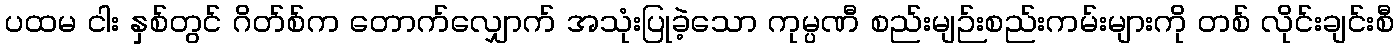
ပထမ ငါး နှစ်တွင် ဂိတ်စ်က တောက်လျှောက် အသုံးပြုခဲ့သော ကုမ္ပဏီ စည်းမျဉ်းစည်းကမ်းများကို တစ် လိုင်းချင်းစီ